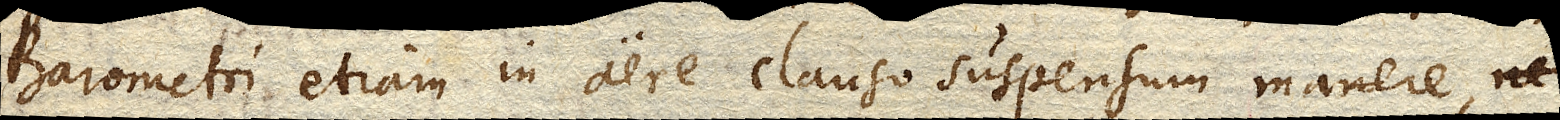
Barometri etiam in aere clauso suspensum manere,